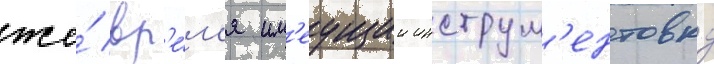
же́ вр'е́м'я им'еущии инструм'ентовку